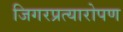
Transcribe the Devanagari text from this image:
जिगरप्रत्यारोपण